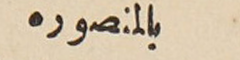
بالمنصوره